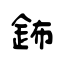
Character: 鈽